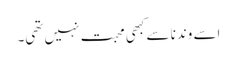
اسے وندنا سے کبھی محبت نہیں تھی۔